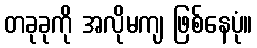
တခုခုကို အလိုမကျ ဖြစ်နေပုံ။